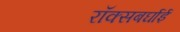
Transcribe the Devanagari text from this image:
रॉक्सबर्घाई